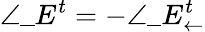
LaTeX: \angle\_ E^{t}=-\angle\_ E_{\leftarrow}^{t}